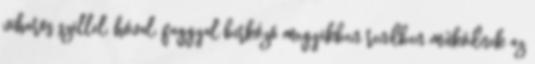
viharos széllel, hóval, faggyal birkózó megyékben rendben működnek az